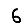
Digit: 6